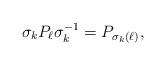
LaTeX: \begin{align*}\sigma_k P_\ell \sigma^{-1}_k = P_{\sigma_k(\ell)},\end{align*}